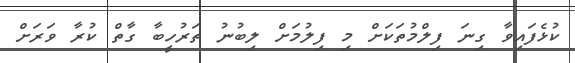
ކުޅެފައިވާ ގިނަ ފިލްމުތަކަށް މި ފިލުމަށް ލިބުނު ތަރުހީބާ ގާތް ކުރާ ވަރަށް